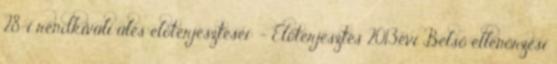
28-i rendkívüli ülés előterjesztései: - Előterjesztés 2013.évi Belső ellenőrzési